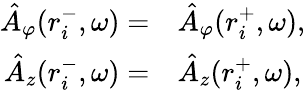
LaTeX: \begin{array}{rl}{\hat{A}_{\varphi}(r_{i}^{-},\omega)=}&{{}\hat{A}_{\varphi}(r_{i}^{+},\omega),}\\ {\hat{A}_{z}(r_{i}^{-},\omega)=}&{{}\hat{A}_{z}(r_{i}^{+},\omega),}\end{array}